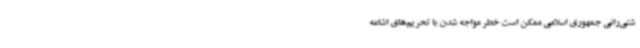
شتی‌رانی جمهوری‌ اسلامی ممکن است خطر مواجه شدن با تحریم‌های اشاعه